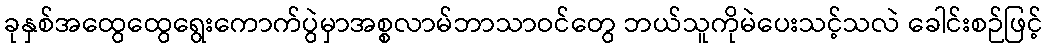
ခုနှစ်အထွေထွေရွေးကောက်ပွဲမှာအစ္စလာမ်ဘာသာဝင်တွေ ဘယ်သူကိုမဲပေးသင့်သလဲ ခေါင်းစဉ်ဖြင့်